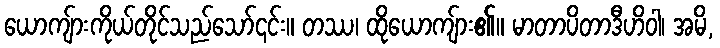
ယောကျ်ားကိုယ်တိုင်သည်သော်၎င်း။ တဿ၊ ထိုယောကျ်ား၏။ မာတာပိတာဒီဟိဝါ၊ အမိ,